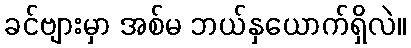
ခင်ဗျားမှာ အစ်မ ဘယ်နှယောက်ရှိလဲ။